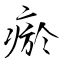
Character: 瘀